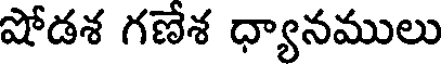
షోడశ గణేశ ధ్యానములు